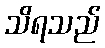
သိရသည်